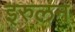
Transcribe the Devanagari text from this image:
इरुलन